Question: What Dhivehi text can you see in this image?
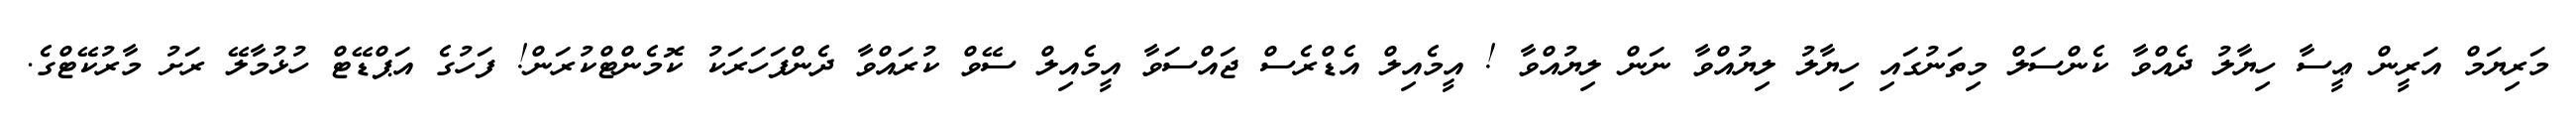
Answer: މަރިޔަމް އަރީން ޢީސާ ހިޔާލު ދެއްވާ ކެންސަލް މިތަނުގައި ހިޔާލު ލިޔުއްވާ ނަން ލިޔުއްވާ ! އީމެއިލް އެޑްރެސް ޖައްސަވާ އީމެއިލް ސޭވް ކުރައްވާ ދެންފަހަރަކު ކޮމެންޓްކުރަން! ފަހުގެ އަޕްޑޭޓް ހުޅުމާލޭ ރަށު މާރުކޭޓްގެ.